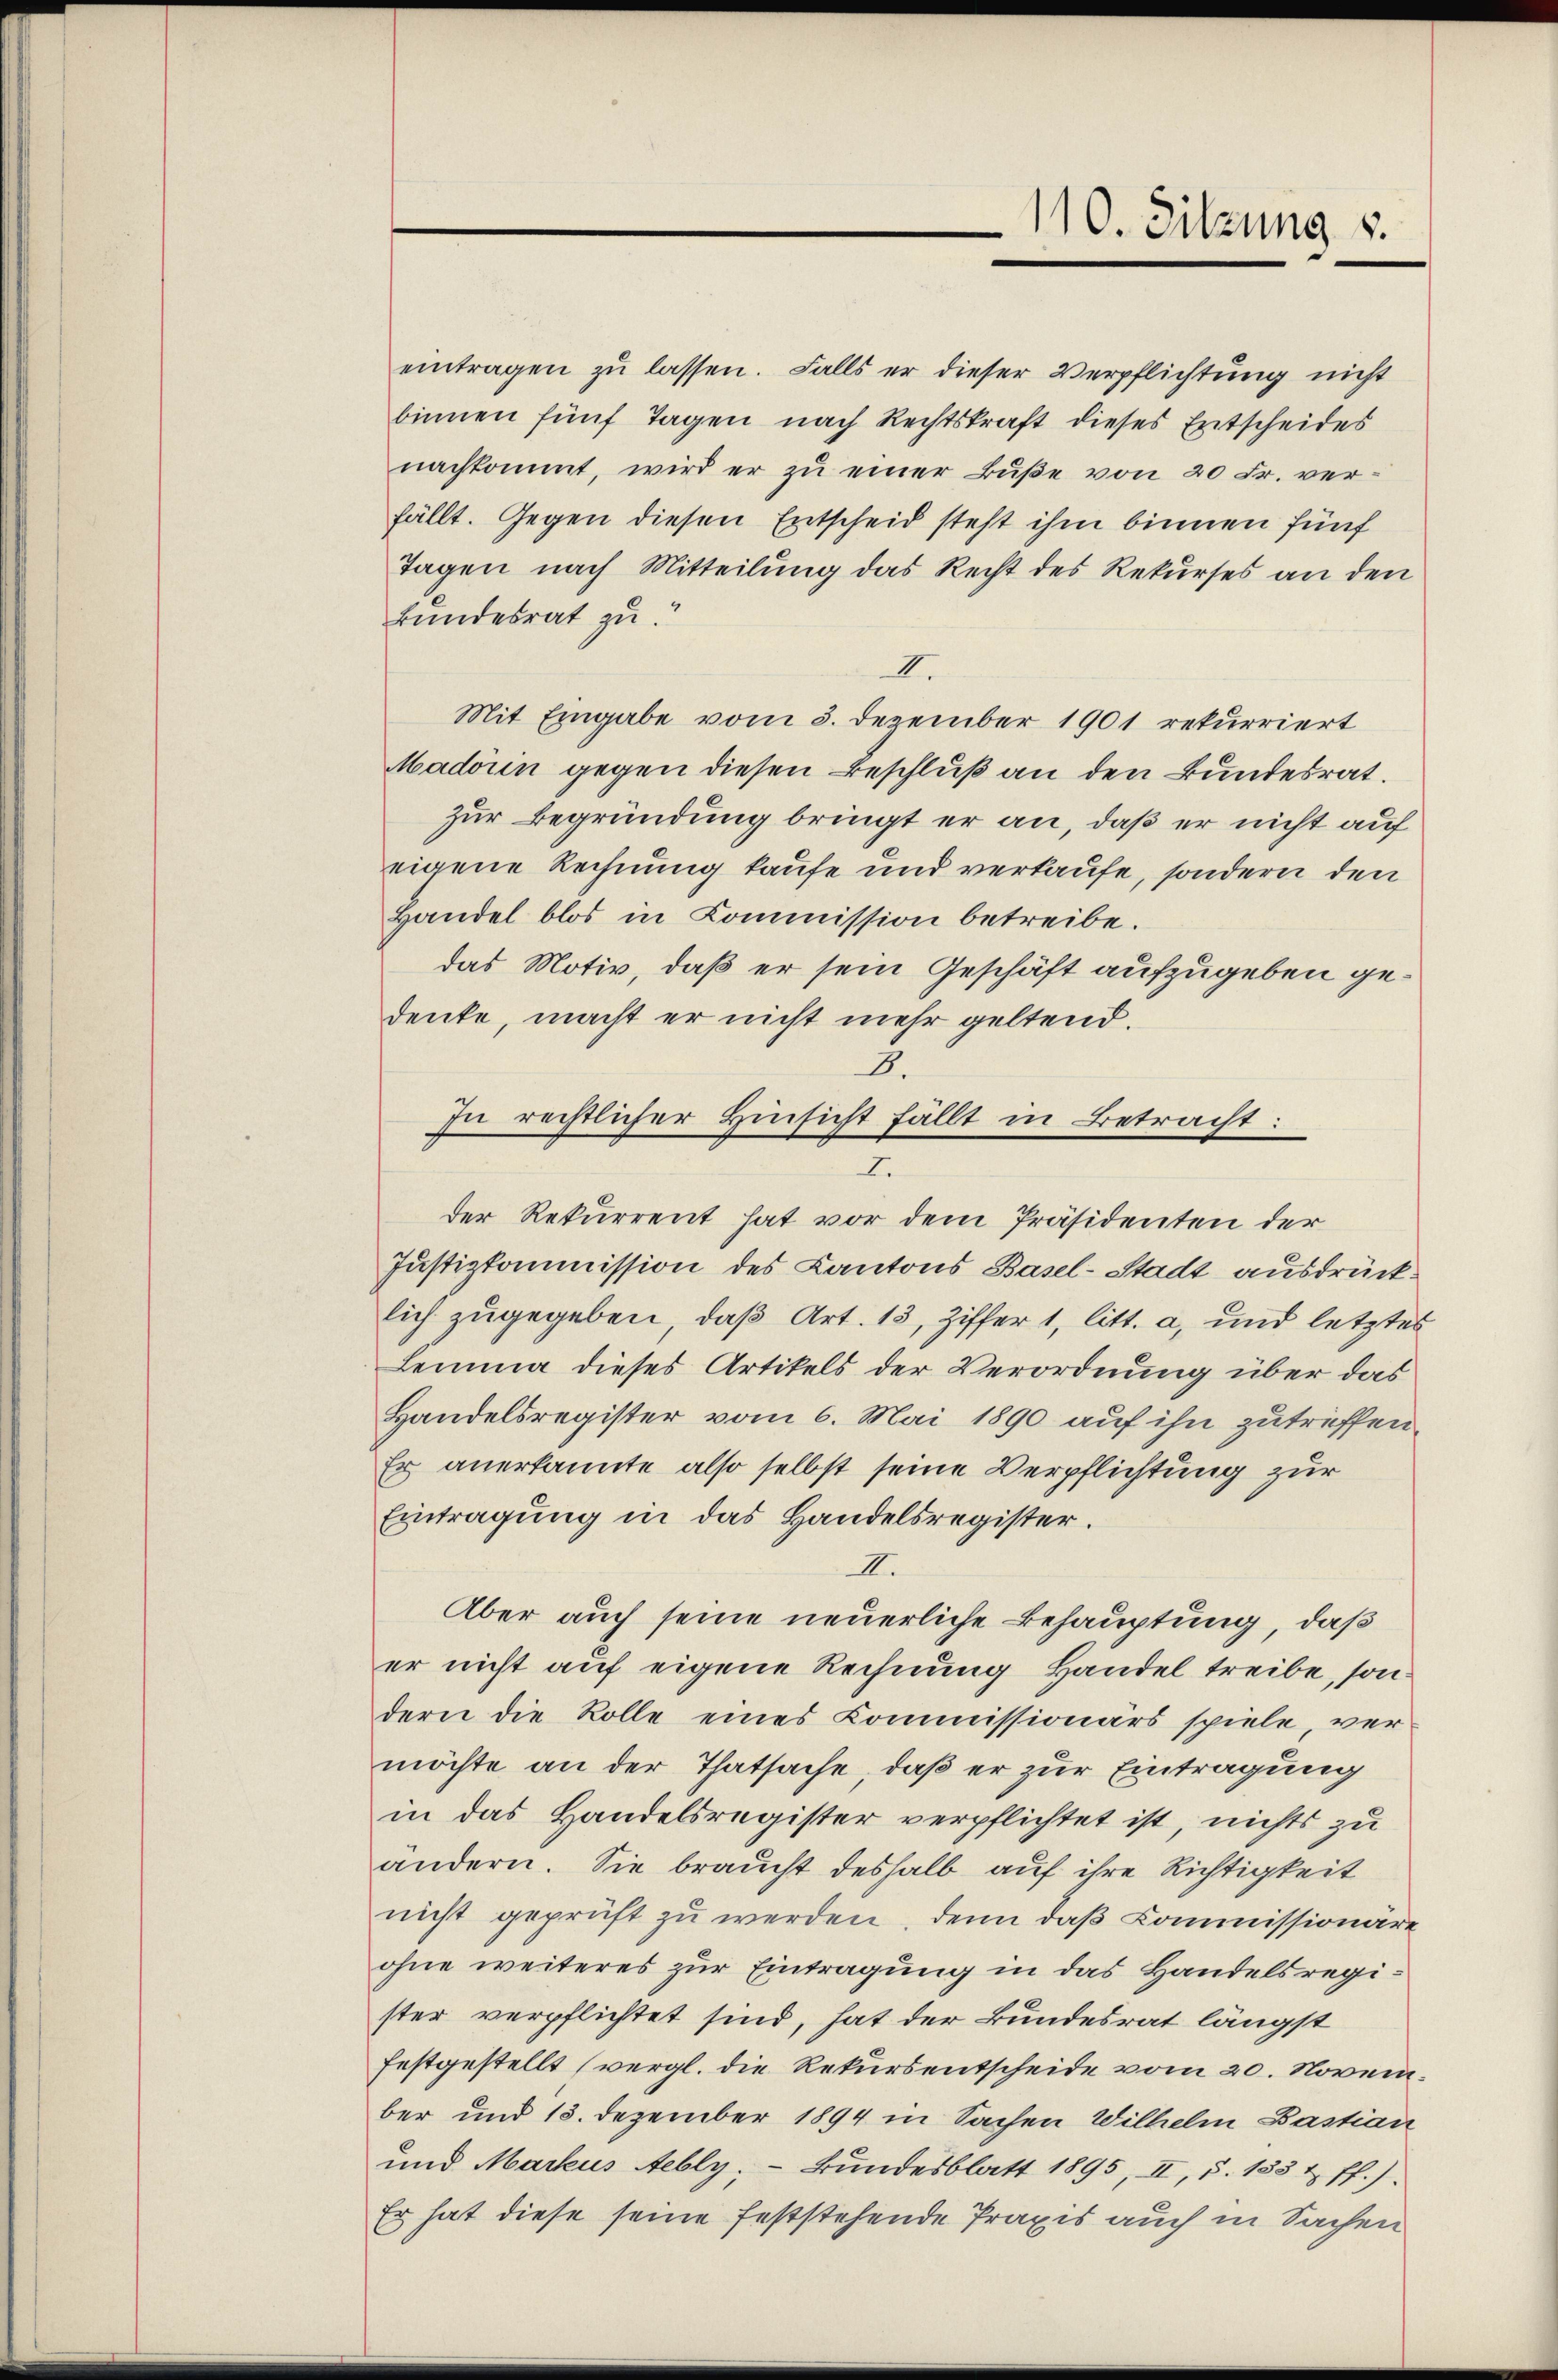
eintragen zu lassen. Falls er dieser Verpflichtung nicht
binnen fünf Tagen nach Rechtskraft dieses Entscheides
nachkommt, wird er zu einer Buße von 20 Fr. verfällt. Gegen diesen Entscheid steht ihm binnen fünf
Tagen nach Mitteilung das Recht des Rekurses an den
Bundesrat zu
II.
Mit Eingabe vom 3. Dezember 1901 rekurriert
Madorin gegen diesen Beschluß an den Bundesrat.
zur Begründung bringt er an, daß er nicht auf
eigene Rechnung kaufe und verkaufe, sondern den
Handel blos in Commission betreibe.
das Motiv, daß er sein Geschäft aufzugeben gedenke, macht er nicht mehr geltend.
B.
In rechtlicher Hinsicht fällt in Betracht:
der Rekurrent hat vor dem Präsidenten der
Justizkommission des Kantons Basel-Stadt ausdrücklich zugegeben, daß Art. 13, Ziffer 1, litt. a, und letztes
Lemma dieses Artikels der Verordnung über das
Handelsregister vom 6. Mai 1890 auf ihn zutreffen
Er anerkannte also selbst seine Verpflichtung zur
Eintragung in das Handelsregister.
II.
Aber auch seine neuerliche Behauptung, daß
er nicht auf eigene Rechnung Handel treibe, sondern die Rolle eines Kommissionärs spiele, vermöchte an der Thatsache, daß er zur Eintragung
in das Handelsregister verpflichtet ist, nichts zu
ändern. Sie braucht deshalb auf ihre Richtigkeit
nicht geprüft zu werden, denn das Commissionäre
ohne weiteres zur Eintragung in das Handelsregister verpflichtet sind, hat der Bundesrat längst
festgestellt (vergl. die Rekursentscheide vom 20. November und 13. Dezember 1894 in Sachen Wilhelm Bastian
und Markus Aebly,- Bŭndesblatt 1895, II, S. 133 t ff.).
Er hat diese seine feststehende Praxis auch in Sachen

2.

110. Sitzung v.